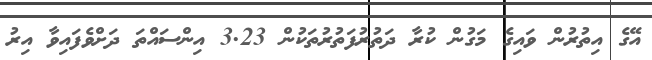
އޭގެ އިތުރުން ވައިގެ މަގުން ކުރާ ދަތުރުފަތުރުތަކުން 3.23 އިންސައްތަ ދަށްވެފައިވާ އިރު